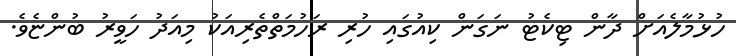
ހުޅުމާލެއަށް ދާން ޓިކެޓު ނަގަން ކިއުގައި ހުރި ރަހުމަތްތެރިއަކު މިއަދު ހަވީރު ބުންޏެވެ.